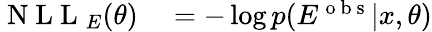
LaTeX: \begin{array}{rl}{\mathrm{~N~L~L~}_{E}(\theta)}&{{}=-\log p(E^{\mathrm{~o~b~s~}}|x,\theta)}\end{array}